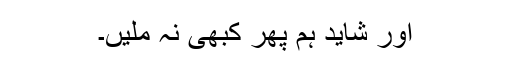
اور شاید ہم پھر کبھی نہ ملیں۔